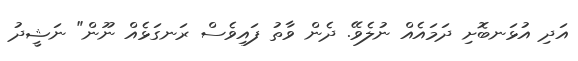
އަދި އުޅަނބޮށި ދަމައެއް ނުލެވޭ. ދެން ވާތު ފައިވެސް ރަނގަޅެއް ނޫން" ނަޝީދު